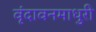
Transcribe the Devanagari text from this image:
वृंदावनमाधुरी